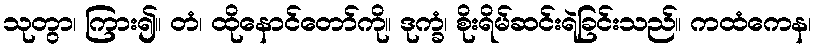
သုတွာ၊ ကြား၍။ တံ၊ ထိုနောင်တော်ကို။ ဒုက္ခံ၊ စိုးရိမ်ဆင်းရဲခြင်းသည်။ ကထံကေန၊